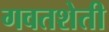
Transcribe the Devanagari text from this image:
गवतशेती